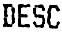
DESC